Leaving Certificate Examination, 1923
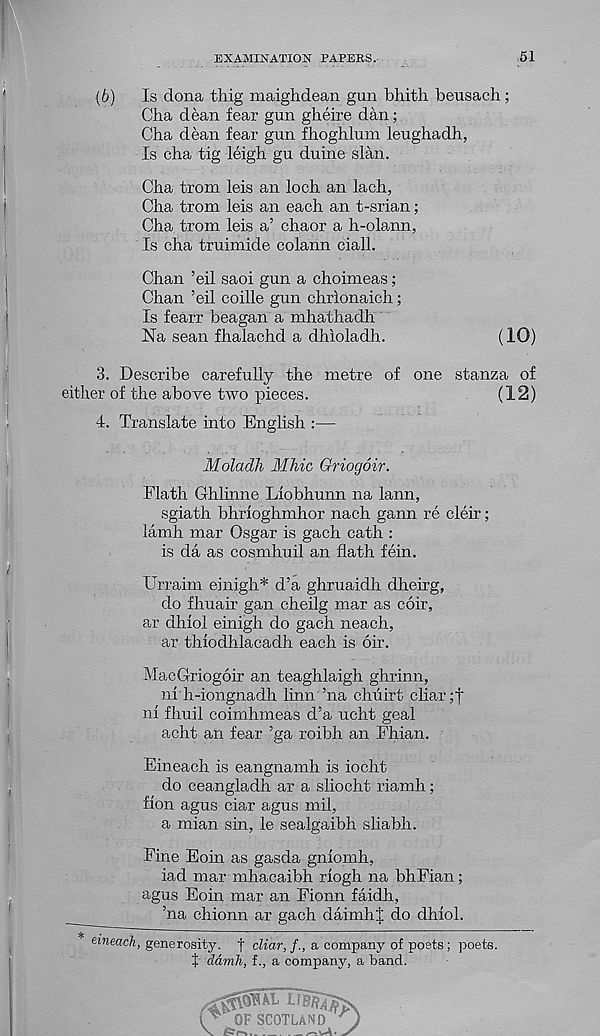
EXAMINATION PAPERS.
51
(6)
Is dona tbig maighdean gun bhith beusach;
Cha dean fear gun gheire dan;
Cha dean fear gun fhoghlum leughadh,
Is cha tig leigh gu duine slan.
Cha from leis an loch an lach,
Cha from leis an each an t-srian;
Cha from leis a’ chaor a h-olann,
Is cha truimide colann ciall.
Chan ’eil saoi gun a choimeas;
Chan ’eil coille gun chrionaich;
Is fearr beagan a mhathadh
Na sean fhalachd a dhioladh.
(10)
3. Describe carefully the metre of one stanza of
either of the above two pieces.
(12)
4. Translate into English :—
Moladh Mhic Griogoir.
Flath Grhlinne Liobhunn na lann,
sgiath bhrfoghmhor nach gann re cleir;
lamh mar Osgar is gach cath :
is da as cosmhuil an flath fein.
Urraim einigh* d’a ghruaidh dheirg,
do fhuair gan cheilg mar as coir,
ar dhiol einigh do gach neach,
ar thiodhlacadh each is 6ir.
MacGriogoir an teaghlaigh ghrinn,
ni h-iongnadh linn ’na chuirt cliar ;j
ni fhuil coimhmeas d’a ucht geal
acht an fear ’ga roibh an Fhian.
Eineach is eangnamh is iocht
do ceangladh ar a sliocht riamh;
fion agus ciar agus mil,
a mian sin, le sealgaibh sliabh.
Fine Eoin as gasda gnlomh,
iad mar mhacaibh riogh na bhFian;
agus Eoin mar an Fionn faidh,
’na chionn ar gach daimhj do dhiol.
emeacft, generosity, t cZiar,/., a company of poets; poets.
f damh, f., a company, a band.